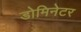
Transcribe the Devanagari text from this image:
डोमिनेटर